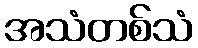
အသံတစ်သံ